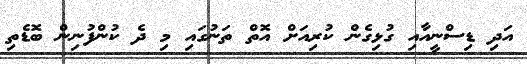
އަދި ޑިސްނީއާއި ގުޅިގެން ކުރިއަށް އޮތް ތަނުގައި މި ދެ ކުންފުނިން ބޮޑެތި